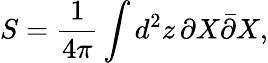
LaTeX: S=\frac{1}{4\pi}\int d^{2}z\, \partial X\bar{\partial}X,